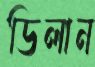
ডিলান